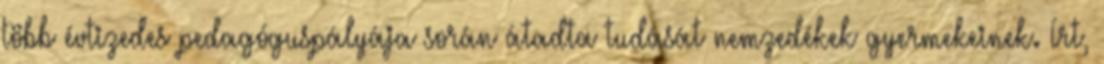
több évtizedes pedagóguspályája során átadta tudását nemzedékek gyermekeinek. Írt,